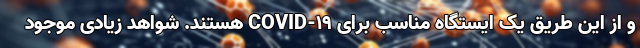
و از این طریق یک ایستگاه مناسب برای COVID-19 هستند. شواهد زیادی موجود